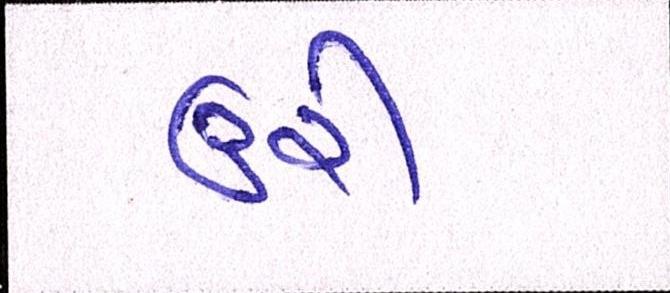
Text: ઉરી